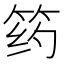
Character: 𰩺